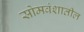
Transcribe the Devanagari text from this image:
सोमवंशातील